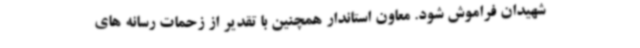
شهیدان فراموش شود. معاون استاندار همچنین با تقدیر از زحمات رسانه های